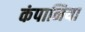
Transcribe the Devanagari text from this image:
कंपानिया